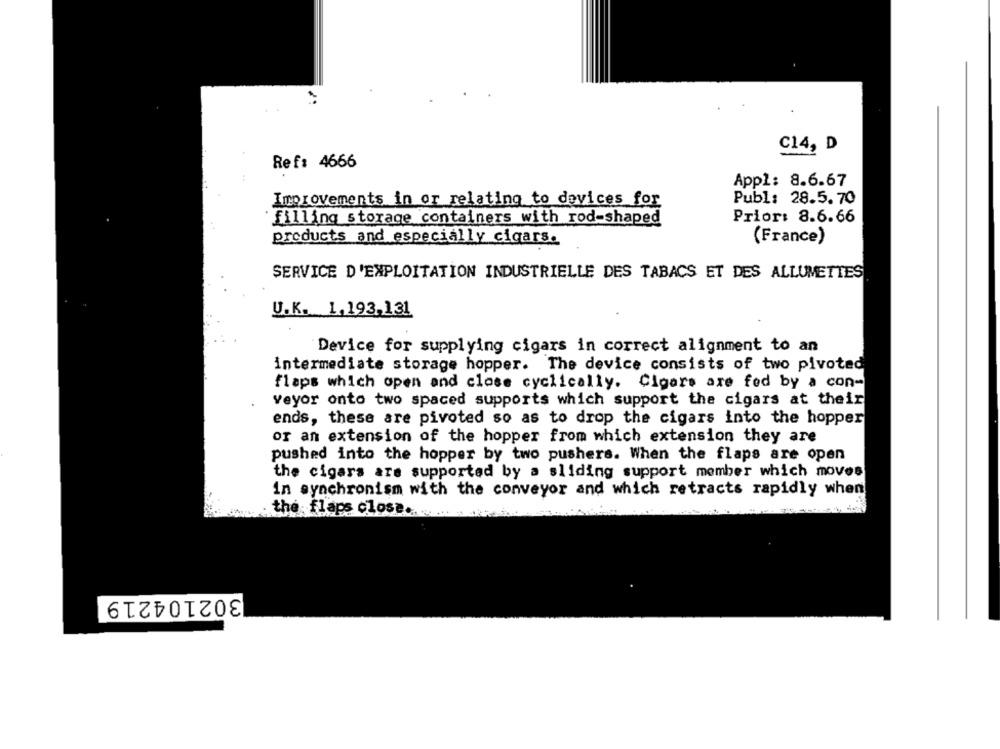
C14, D
Ref: 4666
Appl: 8.6.67
Improvements in or relating to devices for
Publ: 28.5.70
filling storage containers with rod-shaped
Prior: 8.6.66
(France)
products and especially cigars.
SERVICE D'EXPLOITATION INDUSTRIELLE DES TABACS ET DES ALLUMETTES
U.K. 1,193,131
Device for supplying cigars in correct alignment to an
intermediate storage hopper. The device consists of two pivoted
flaps which open and close cyclically. Cigars are fed by a con-
veyor onto two spaced supports which support the cigars at their
ends, these are pivoted so as to drop the cigars into the hopper
or an extension of the hopper from which extension they are
pushed into the hopper by two pushers. When the flaps are open
the cigars are supported by a sliding support member which moves
in synchronism with the conveyor and which retracts rapidly when
the flaps close.
302104219